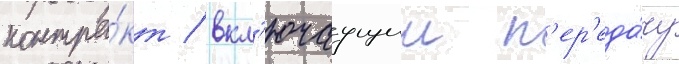
контра́кт / вкл'ючаущии п'ер'еда́чу